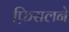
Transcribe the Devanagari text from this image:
फ़िसलने